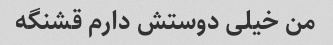
من خیلی دوستش دارم قشنگه